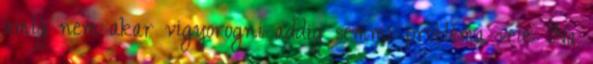
amíg nem akar vigyorogni addig semmi probléma vele. Na